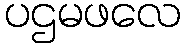
ပဌမဖလေ